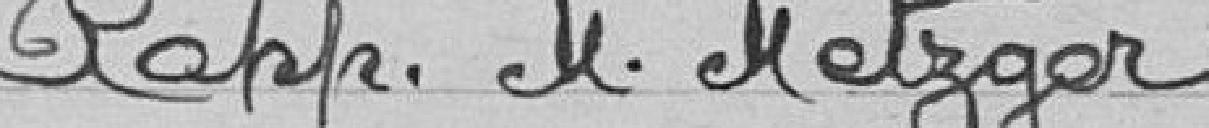
Rapp. M. Metzger.